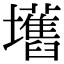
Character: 𫮾